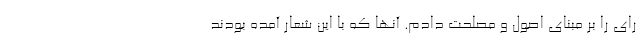
رای را بر مبنای اصول و مصلحت دادم. آنها که با این شعار آمده بودند